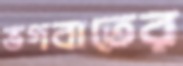
ভগবাতের